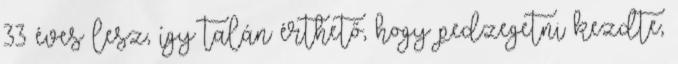
33 éves lesz, így talán érthető, hogy pedzegetni kezdte,